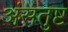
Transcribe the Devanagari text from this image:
अंसतुष्ट